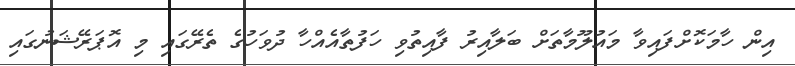
އިން ހާމަކޮށްފައިވާ މައުލޫމާތަށް ބަލާއިރު ފާއިތުވި ހަފުތާއެއްހާ ދުވަހުގެ ތެރޭގައި މި އޮޕަރޭޝަނުގައި